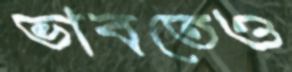
ভাবতেও